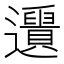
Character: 𨙑